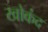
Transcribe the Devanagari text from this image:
खोकंद